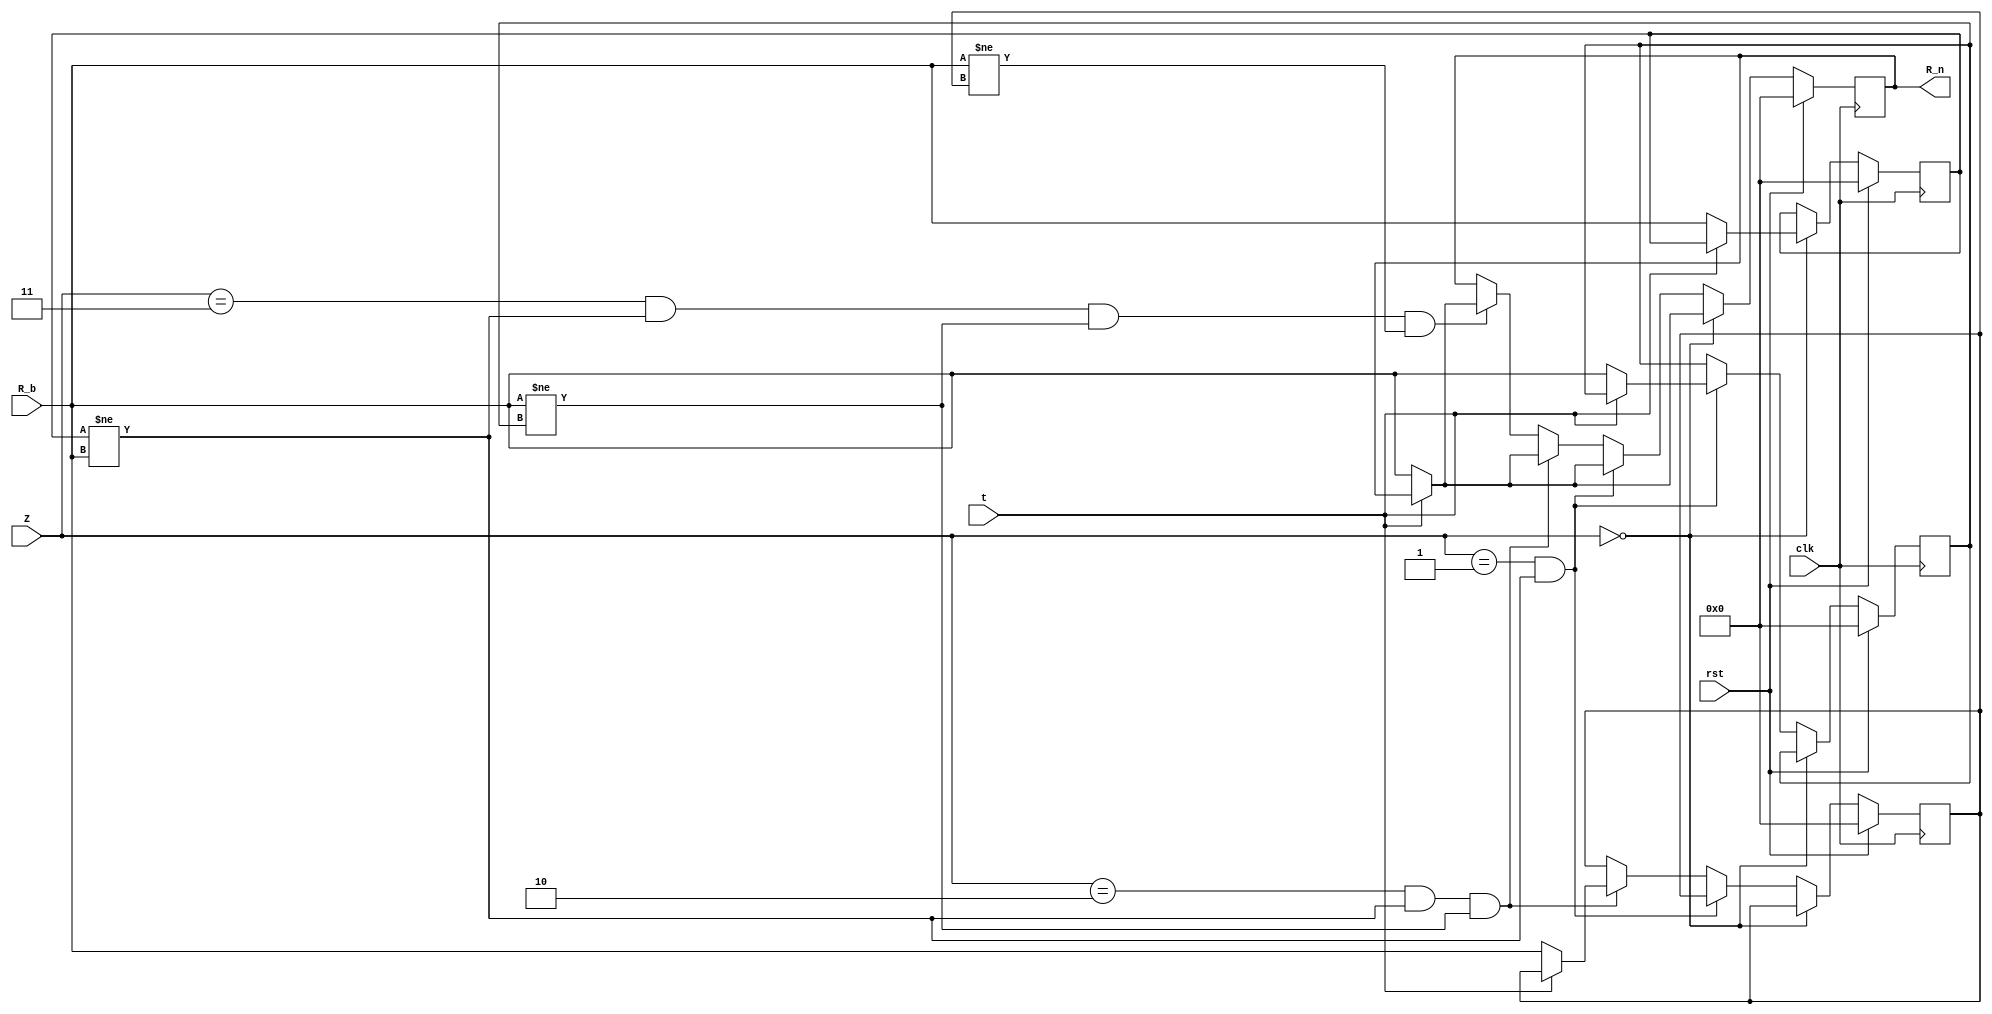
module Number(
     input clk ,
	  input rst ,
	  input [7:0] R_b ,
	  input [3:0] Z,           //Count the number of times to press Key_0
	  input t,           //Whether to start timing
	  output reg [7:0] R_n 
) ;
     reg [7:0] a;       //Store used numbers
	  reg [7:0] b;
	  reg [7:0] c;
	  reg [7:0] d;
	  

//Avoid displaying repeated numbers
  always @ (posedge clk)
   begin
    if (rst)                  //If rst is active it will reset
	  begin 
	   R_n <= 1'd0;
	   a <= 1'd0;
		b <= 1'd0;
		c <= 1'd0;
		d <= 1'd0;
	  end
	 else if (Z == 0)             //when Z=0
	  begin 
	   if (t == 1'd0)
	   begin
	    a <= R_b;
		 R_n <= R_b;
	   end
		else if (t == 1'd1)  //Keep this number unchanged for 4 seconds when you press the Key_0
		begin
		 R_n <= R_n;
		end
	  end
	 else if (Z == 1 && a !=  R_b)  //when Z=1
	  begin 
	   if (t == 1'd0)
	   begin
	    b <= R_b;
		 R_n <= R_b;
	   end
		else if (t == 1'd1)  //Keep this number unchanged for 4 seconds when you press the Key_0
		begin
		 R_n <= R_n;
		end
	  end
	 else if (Z == 2 && a !=  R_b && R_b != b)  //when Z=2
	  begin 
	   if (t == 1'd0)
	   begin
	    c <= R_b;
		 R_n <= R_b;
	   end
		else if (t == 1'd1)  //Keep this number unchanged for 4 seconds when you press the Key_0
		begin
		 R_n <= R_n;
		end
	  end
	 else if (Z == 3 && a !=  R_b && R_b != b && R_b != c)  //when Z=3
	  begin 
	   if (t == 1'd0)
	   begin
	    d <= R_b;
		 R_n <= R_b;
	   end
		else if (t == 1'd1)  //Keep this number unchanged for 4 seconds when you press the Key_0
		begin
		 R_n <= R_n;
		end
	  end
	end
endmodule